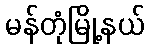
မန်တုံမြို့နယ်